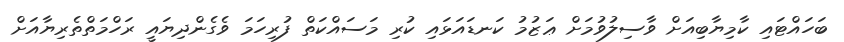
ބަހައްޓައި ކާމިޔާބިއަށް ވާސިލުވުމަށް ޢަޒުމު ކަނޑައަޅައި ކުރި މަސައްކަތް ފުރިހަމަ ވެގެންދިޔައީ ރަހްމަތްތެރިޔާއަށް